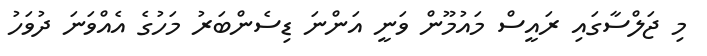
މި ޖަލްސާގައި ރައީސް މައުމޫން ވަނީ އަންނަ ޑިސެންބަރު މަހުގެ އެއްވަނަ ދުވަހު